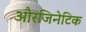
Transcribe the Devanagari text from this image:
औरजिनेटिक